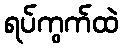
ရပ်ကွက်ထဲ